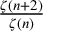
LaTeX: \textstyle { \frac { \zeta ( n + 2 ) } { \zeta ( n ) } }